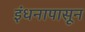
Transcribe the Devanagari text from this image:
इंधनापासून